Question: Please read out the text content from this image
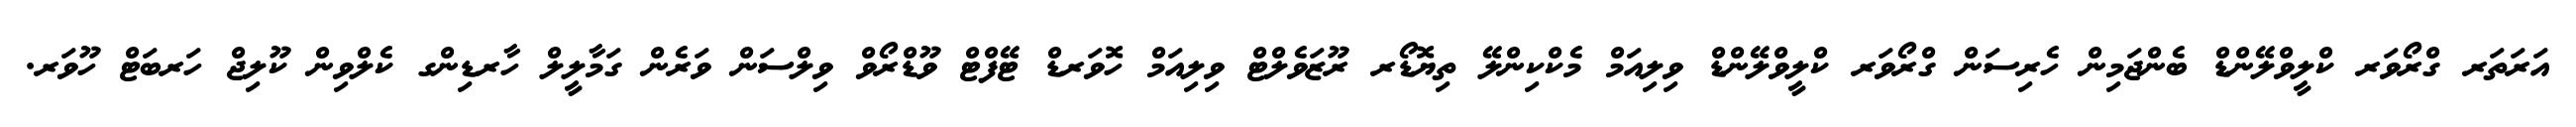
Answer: އަރަތަރ ގްރޯވަރ ކްލީވްލޭންޑް ބެންޖަމިން ހެރިސަން ގްރޯވަރ ކްލީވްލޭންޑް ވިލިއަމް މެކްކިންލޭ ތިޔޮޑޯރ ރޫޒަވެލްޓް ވިލިއަމް ހޮވަރޑް ޓޭފްޓް ވޫޑްރޯވް ވިލްސަން ވަރެން ގަމާލީލް ހާރޑިންގ ކެލްވިން ކޫލިޖް ހަރބަޓް ހޫވަރ.